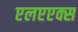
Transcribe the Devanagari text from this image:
एलएएक्स